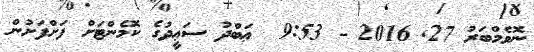
ނޮވެމްބަރު 27